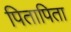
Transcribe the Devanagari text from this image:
पितापिता